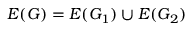
E ( G ) = E ( G _ { 1 } ) \cup E ( G _ { 2 } )